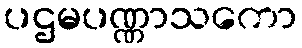
ပဌမပဏ္ဏာသကော